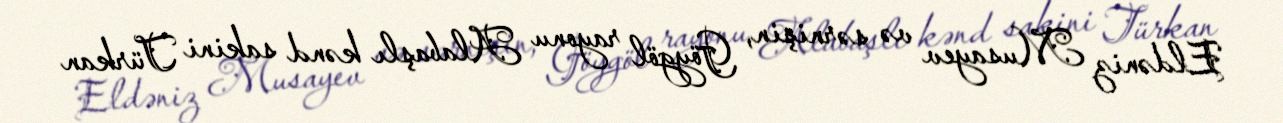
Eldəniz Musayev və sərnişin, Göygöl rayonu Alabaşlı kənd sakini Türkan